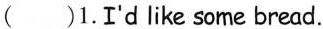
（ )1. I'd like some bread.